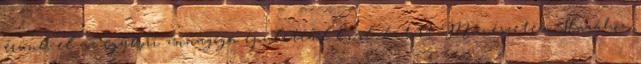
érünk el az egykori zsinagóga épületéből kialakított Művészetek Házához,